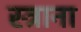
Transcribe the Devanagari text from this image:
स्त्राना